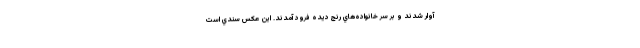
آوار شدند و بر سر خانواده‌هاي رنج ديده فرود آمدند. اين عكس سندي است